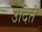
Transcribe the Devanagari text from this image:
उदिते